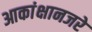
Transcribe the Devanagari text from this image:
आकांक्षानजरे